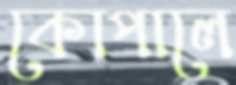
কোপালে